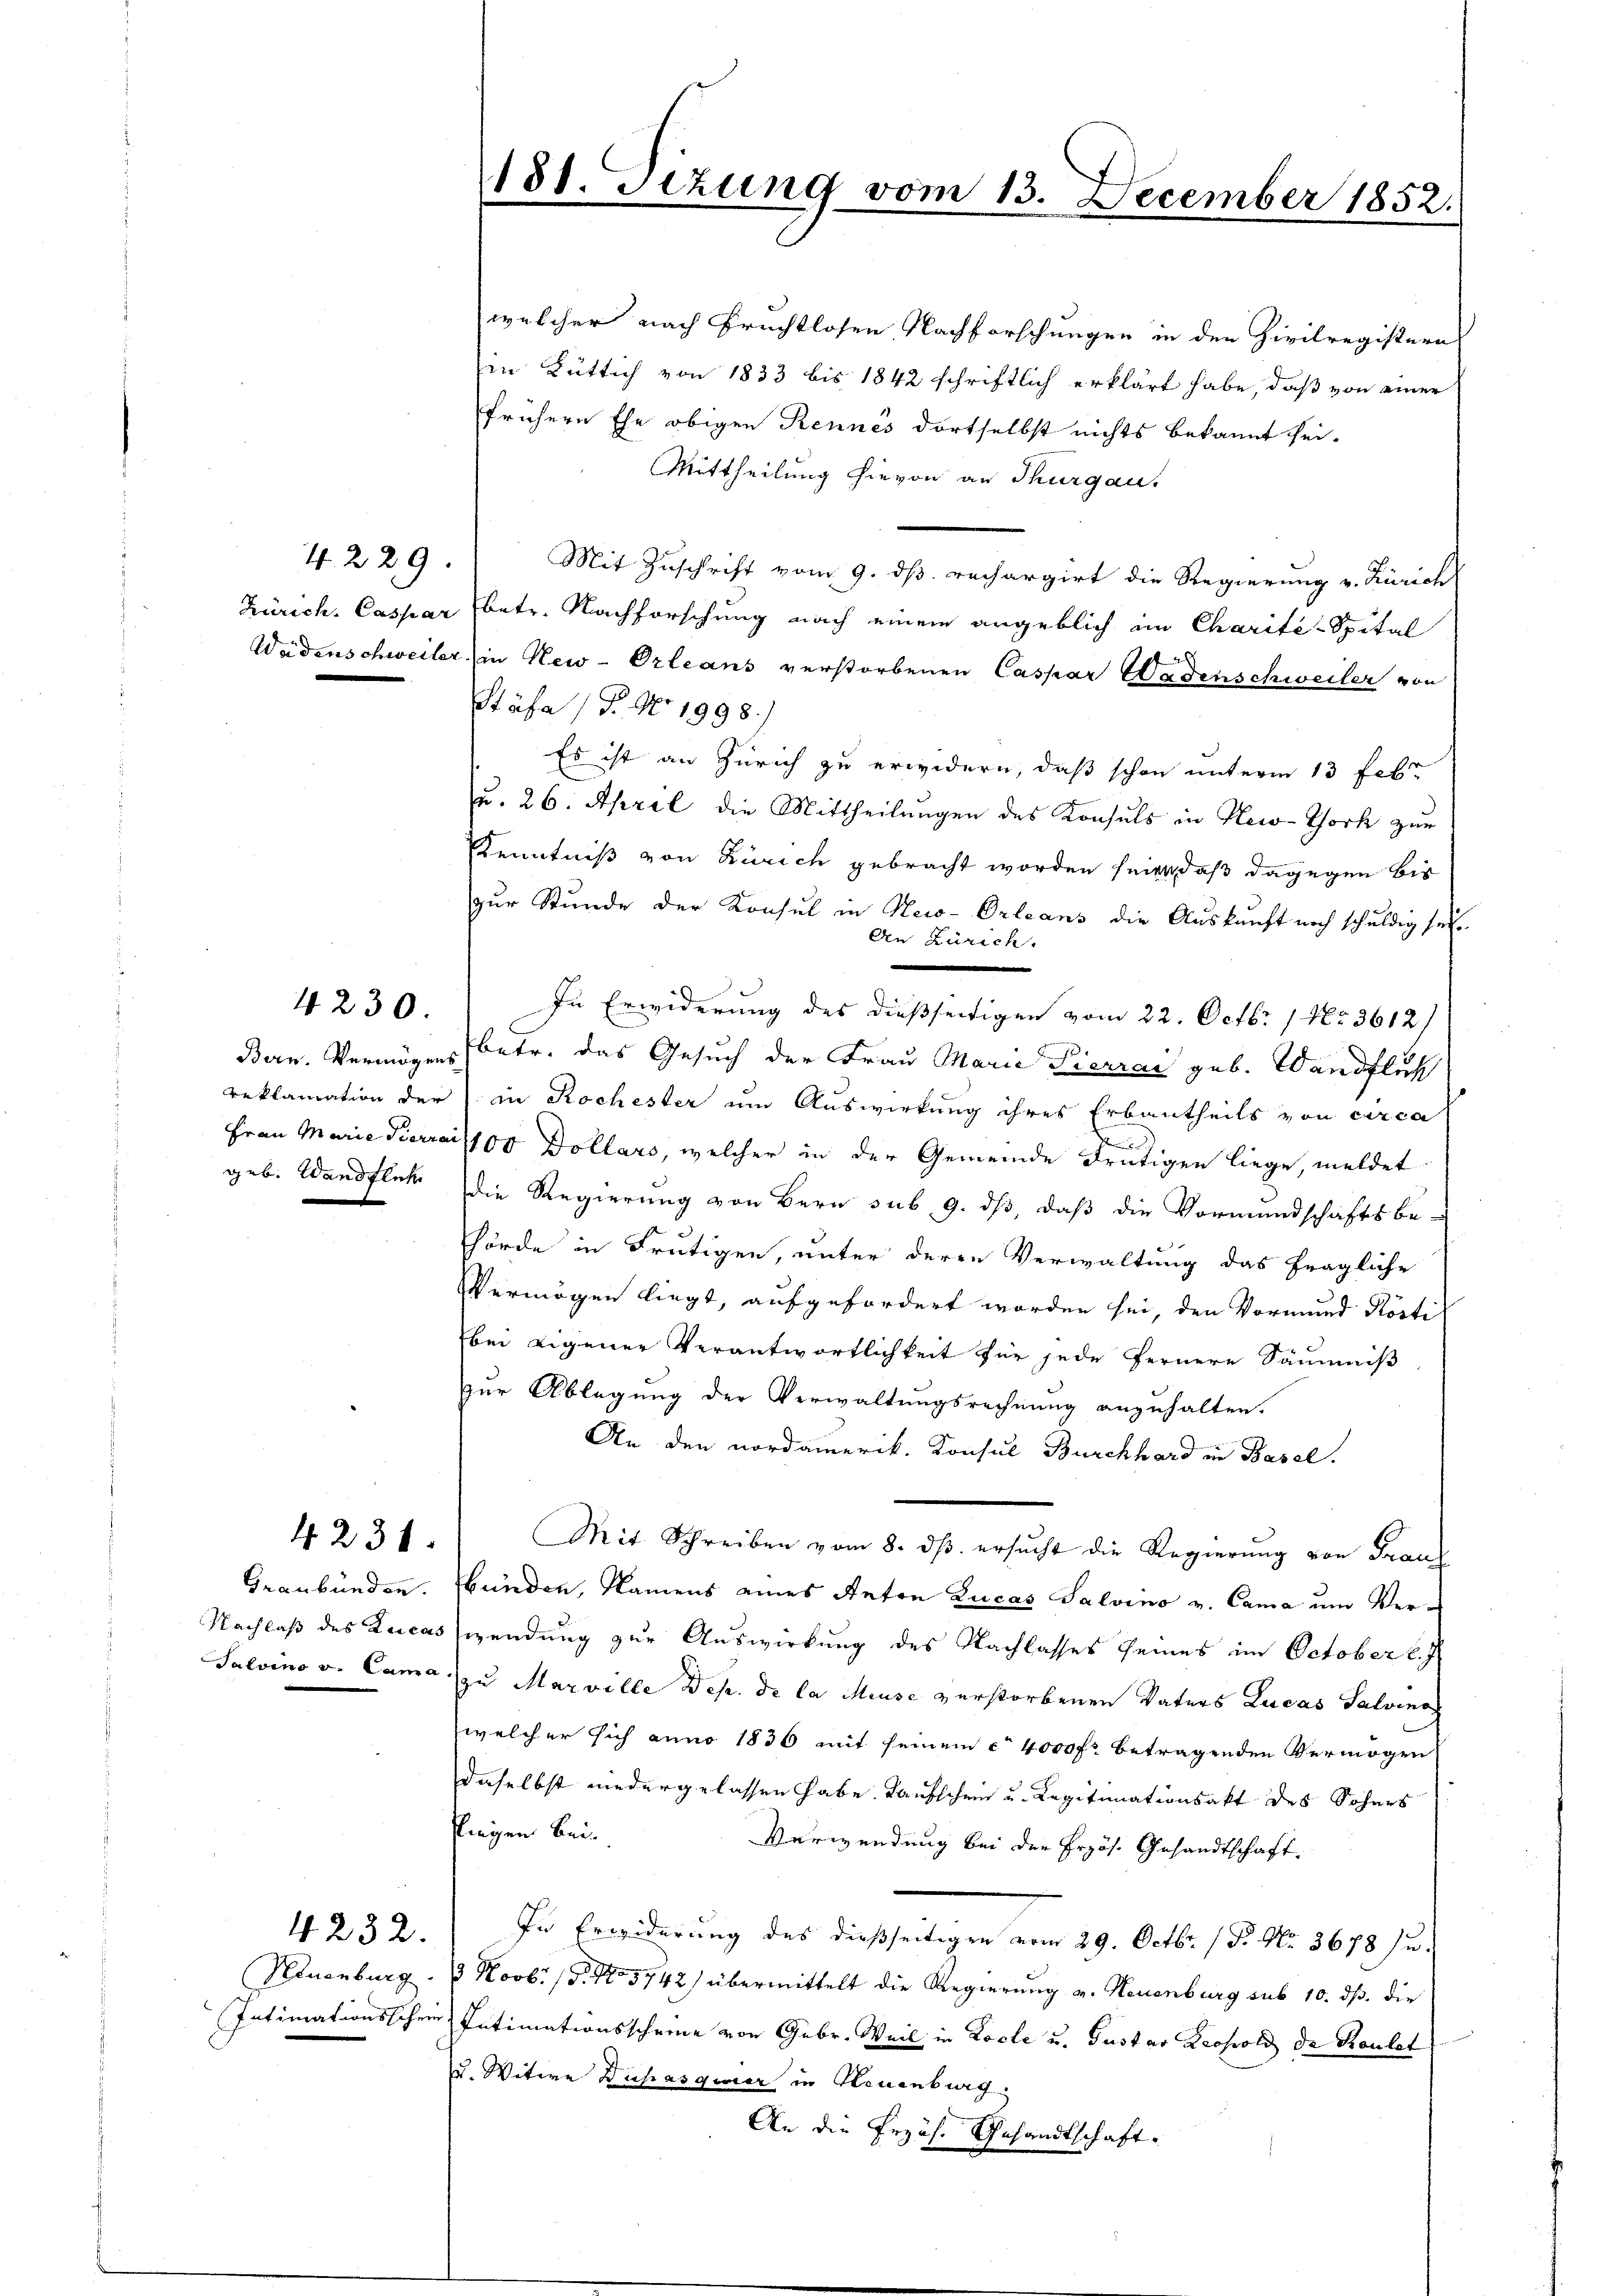
4229.

geb. Wandflich

4230.

4231.

Graubünden.

Vernenburg

4232.

welcher nach Frechtlosen Nachforschungen in den Zivilregistern
Ein Bütlich von 1833 bis 1842 schriftlich erklärt habe, daß von einer
frühern Ehe obigen Rennes dortselbst nichts bekannt sei.
Mittheilung hievon an Thurgau.
Mit Zuschrift vom 9. ds. rechargirt die Regierung v. Zürich
Zürich. Caspar (betr. Nachforschung nach einem angeblich im Charité-Spital
Weidenschweiler in New-Orleans verstorbenen Caspar Wadenschweiler von
Stäfa (T. No. 1998/
Es ist an Zürich zu erwidern, daß schon unterm 13 febr
Ju. 26. April die Mittheilungen des Konsuls in New-York zur
Kenntniß von Zürich gebracht worden seite daß dagegen bis
zur Stunde der Konsul in New-Orleans die Auskunft noch schuldig sei.
An Zürich.
In Erwiderung des dießseitigen vom 22. Octbr. 1 No 3612)
Bern. Vermögens betr. das Gesuch der Frau Marie Pierrai geb. Wandflus
reklamation der in Rochester um Auswirkung ihres Erbautheils von circa
.
Frau Marie Pierrait 100 Dollars, welcher in der Gemeinde drütigen liege, meldet
die Regierung von Bern sub 9. dß, daß die Vormundschaftsbe-
hörde in Frutigen, unter deren Verwaltung das fragliche
Vermögen liegt, aufgefordert worden sei, den Vormund Körti
bei eigener Verantwortlichkeit für jede fernere Säumis
zur Ablegung der Verwaltungsrechnung anzuhalten.
An den nordamerik. Konsul Burckhard in Basel.
Mit Schreiben vom 8. ds. ersucht die Regierung von Frau
Brinden, Namens eines Anton Lucas Salvino v. Cama um Ver¬
Nachlaß des Zeicas wendung zur Auswirkung des Nachlasses seines im October l. J
Salvino v. Cama, zu Marville Dep. de la Meuse verstorbenen Vaters Lucas Salvina
welcher sich anno 1836 mit seinem ca 4000 fr betragenden Vermögen
daselbst niedergelassen habe. Kaufschein u. Legitimationsakt des Sohnes
Piegen Bei¬
Verwendung bei der Erzös. Gesandtschaft.
In Erwiderung des dießseitigen vom 29. Octbr. (T. No. 3678 Ju
3 Novb. 18. No 5742) übermittelt die Regierung v. Neuenburg sub 10. ds. die
Intimationsschein Intimationsscheine von Gebr. Weil in Koste u. Gustav Leopold de Roulet
u. Witwe Dipasquier in Neuenburg.
An die Erzäh. Gesandtschaft.

181. Setzung vom 13. December 1852.